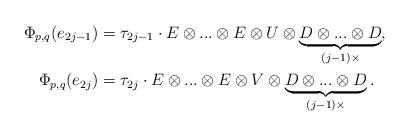
LaTeX: \begin{align*}\Phi_{p,q} (e_{2j-1})&= \tau_{2j-1} \cdot E \otimes...\otimes E \otimes U \otimes \underbrace{D \otimes...\otimes D}_{(j-1) \times},\\\Phi_{p,q} (e_{2j}) &= \tau_{2j} \cdot E \otimes...\otimes E \otimes V \otimes \underbrace{D \otimes...\otimes D}_{(j-1) \times}.\end{align*}